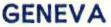
GENEVA